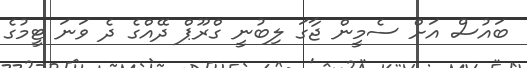
ބައުސް އަށް ސެމީން ޖާގަ ލިބުނީ ގްރޫޕް ދޭއްގެ ދެ ވަނަ ޓީމުގެ